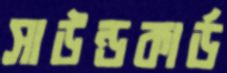
সাউন্ডকার্ড